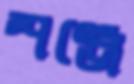
স্পঞ্জে